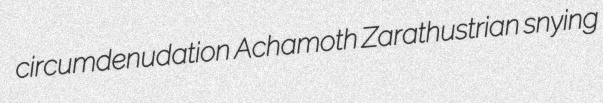
circumdenudation Achamoth Zarathustrian snying